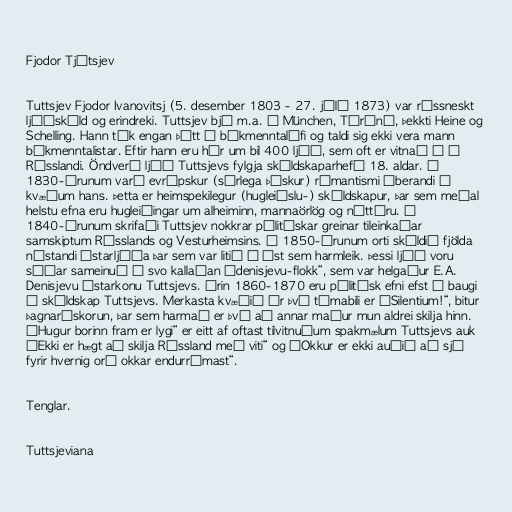
Fjodor Tjútsjev

Tuttsjev Fjodor Ivanovitsj (5. desember 1803 - 27. júlí 1873) var rússneskt
ljóðskáld og erindreki. Tuttsjev bjó m.a. í München, Tórínó, þekkti Heine og
Schelling. Hann tók engan þátt í bókmenntalífi og taldi sig ekki vera mann
bókmenntalistar. Eftir hann eru hér um bil 400 ljóð, sem oft er vitnað í í
Rússlandi. Öndverð ljóð Tuttsjevs fylgja skáldskaparhefð 18. aldar. Á
1830-árunum varð evrópskur (sérlega þýskur) rómantismi áberandi í
kvæðum hans. Þetta er heimspekilegur (hugleiðslu-) skáldskapur, þar sem meðal
helstu efna eru hugleiðingar um alheiminn, mannaörlög og náttúru. Á
1840-árunum skrifaði Tuttsjev nokkrar pólitískar greinar tileinkaðar
samskiptum Rússlands og Vesturheimsins. Á 1850-árunum orti skáldið fjölda
nístandi ástarljóða þar sem var litið á ást sem harmleik. Þessi ljóð voru
síðar sameinuð í svo kallaðan „denisjevu-flokk“, sem var helgaður E.A.
Denisjevu ástarkonu Tuttsjevs. Árin 1860-1870 eru pólitísk efni efst á baugi
í skáldskap Tuttsjevs. Merkasta kvæðið úr því tímabili er „Silentium!“, bitur
þagnaráskorun, þar sem harmað er því að annar maður mun aldrei skilja hinn.
„Hugur borinn fram er lygi“ er eitt af oftast tilvitnuðum spakmælum Tuttsjevs auk
„Ekki er hægt að skilja Rússland með viti“ og „Okkur er ekki auðið að sjá
fyrir hvernig orð okkar endurrómast“.

Tenglar.

Tuttsjeviana